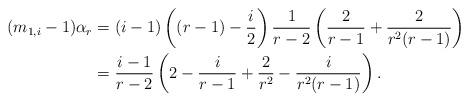
LaTeX: \begin{align*} (m_{1,i}-1)\alpha_r &= (i-1)\left((r-1)-\frac{i}{2} \right) \frac{1}{r-2}\left(\frac{2}{r-1} +\frac{2}{r^2(r-1)}\right) \\ &= \frac{i-1}{r-2}\left( 2 - \frac{i}{r-1} + \frac{2}{r^2} - \frac{i}{r^2(r-1)} \right). \end{align*}